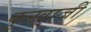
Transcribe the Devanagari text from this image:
कुखाजी